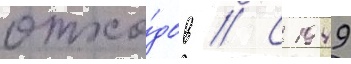
отхо́дов // С 1949